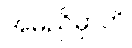
အမညိမှာတိ